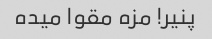
پنیر! مزه مقوا میده